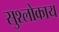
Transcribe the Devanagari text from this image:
सुश्लोकाय